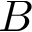
B